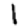
Digit: 1